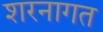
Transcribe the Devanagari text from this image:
शरनागत